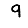
Digit: 9